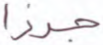
جرزا